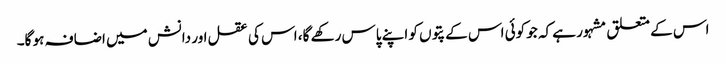
اس کے متعلق مشہور ہے کہ جو کوئی اس کے پتوں کو اپنے پاس رکھے گا، اس کی عقل اور دانش میں اضافہ ہو گا۔